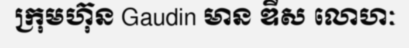
ក្រុមហ៊ុន Gaudin មាន ឌីស លោហៈ